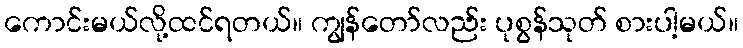
ကောင်းမယ်လို့ထင်ရတယ်။ ကျွန်တော်လည်း ပုစွန်သုတ် စားပါ့မယ်။